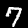
Label: 7